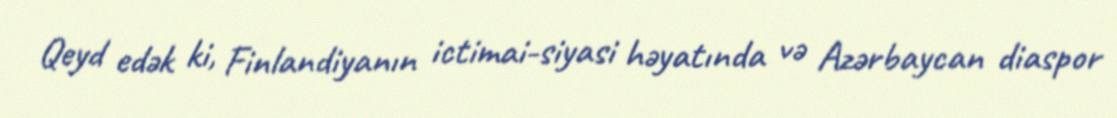
Qeyd edək ki, Finlandiyanın ictimai-siyasi həyatında və Azərbaycan diaspor